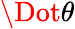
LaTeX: \Dot{\theta}